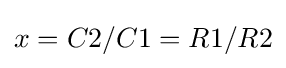
x=C2/C1=R1/R2